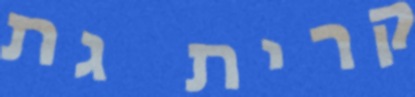
קרית גת